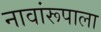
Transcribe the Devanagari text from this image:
नावांरूपाला